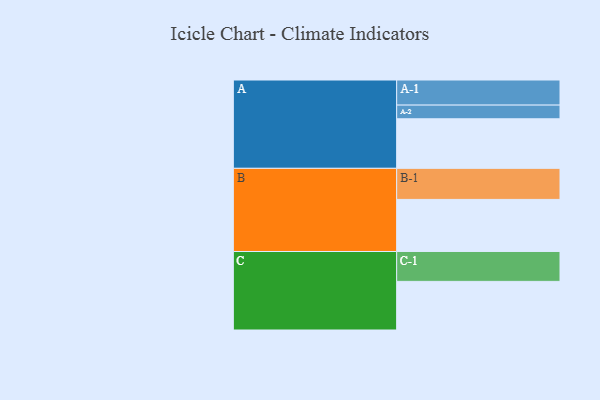
{"axis": {"x": "Segment", "y": "Value"}, "legend": ["", "A", "B", "C"], "data": [{"x": "A", "y": 373, "type": ""}, {"x": "B", "y": 392, "type": ""}, {"x": "C", "y": 366, "type": ""}, {"x": "A-1", "y": 189, "type": "A"}, {"x": "A-2", "y": 103, "type": "A"}, {"x": "B-1", "y": 234, "type": "B"}, {"x": "C-1", "y": 225, "type": "C"}]}